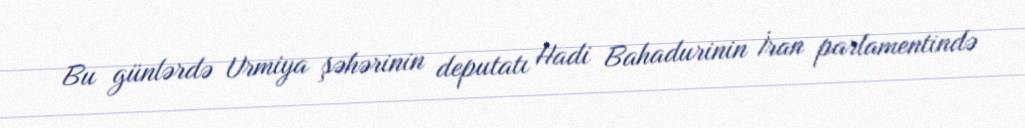
Bu günlərdə Urmiya şəhərinin deputatı Hadi Bahadurinin İran parlamentində